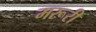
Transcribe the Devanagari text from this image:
मरूरी